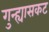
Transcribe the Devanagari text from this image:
गुन्ह्यासकट